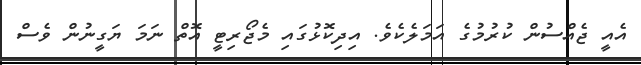
އެއީ ޖެއްސުން ކުރުމުގެ އަމަލެކެވެ. އިދިކޮޅުގައި މެޖޯރިޓީ އޮތް ނަމަ ޔަގީނުން ވެސް